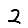
Digit: 2